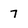
Character: 7